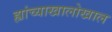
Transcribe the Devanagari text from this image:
ह्यांच्याखालोखाल